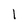
Character: l